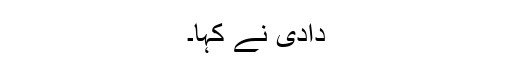
دادی نے کہا۔